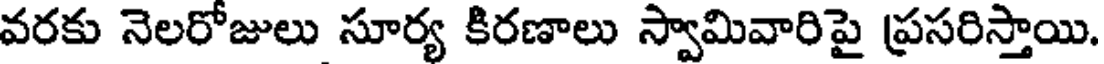
వరకు నెలరోజులు సూర్య కిరణాలు స్వామివారిపై ప్రసరిస్తాయి.